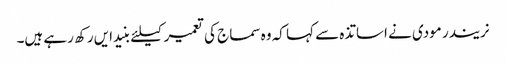
نریندر مودی نے اساتذہ سے کہا کہ وہ سماج کی تعمیر کیلئے بنیدایں رکھ رہے ہیں۔